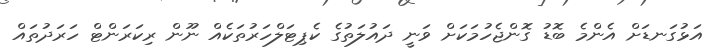
އަޅުގަނޑަށް އެންމެ ބޮޑު ގޮންޖެހުމަކަށް ވަނީ ދައުލަތުގެ ކެޕިޓަލްހަރުތަކެއް ނޫން ރިކަރަންޓް ހަރަދުތައް